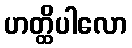
ဟတ္ထိပါလော